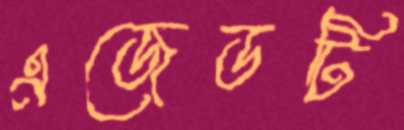
এজেডটি